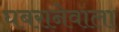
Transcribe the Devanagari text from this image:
घबरानेवाला